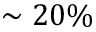
\sim 2 0 \%